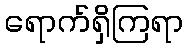
ရောက်ရှိကြရာ